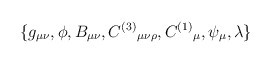
\begin{align*}\{g_{\mu\nu},\phi,B_{\mu\nu},C^{(3)}{}_{\mu\nu\rho},C^{(1)}{}_{\mu},\psi_{\mu},\lambda\}\end{align*}